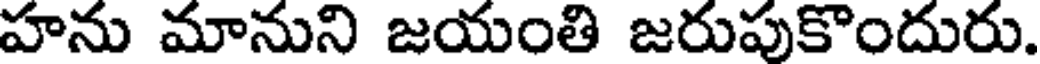
హను మానుని జయంతి జరుపుకొందురు.